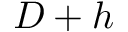
D + h